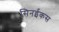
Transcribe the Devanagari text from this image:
सिनईकस